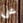
على